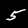
Digit: 5